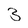
Character: 3